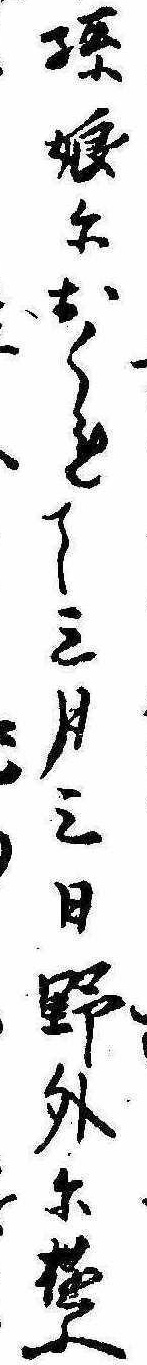
孫娘におくれて三月三日野外に遊ふ